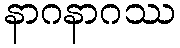
နာဂနာဂဿ